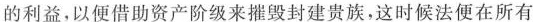
的利益，以便借助资产阶级来摧毁封建贵族，这时候法便在所有